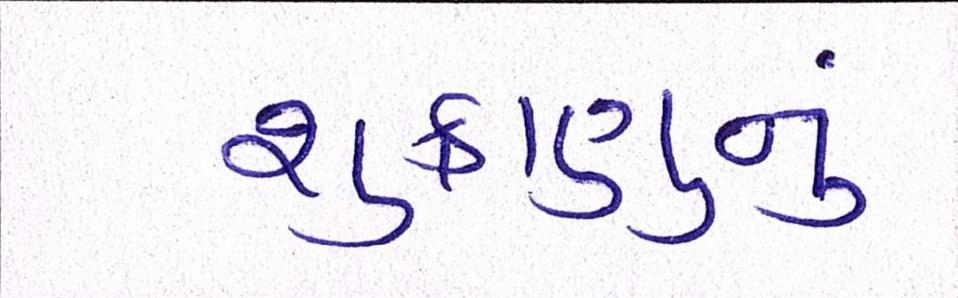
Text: શુક્રાણુનું